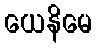
ယေနိမေ